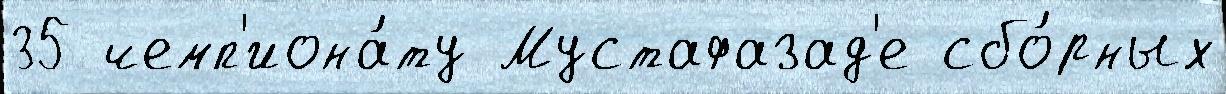
35 чемп'иона́ту Мустафазад'е сбо́рных